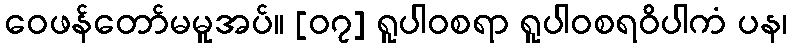
ဝေဖန်တော်မမူအပ်။ [၀၇] ရူပါဝစရာ ရူပါဝစရဝိပါကံ ပန၊